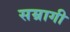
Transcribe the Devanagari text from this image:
सम्रागी